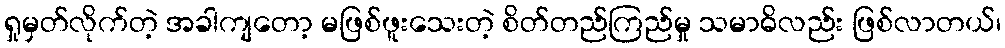
ရှုမှတ်လိုက်တဲ့ အခါကျတော့ မဖြစ်ဖူးသေးတဲ့ စိတ်တည်ကြည်မှု သမာဓိလည်း ဖြစ်လာတယ်၊